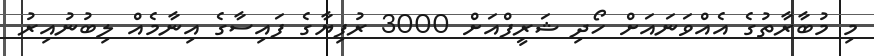
މި މުބާރާތުގެ އެއްވަނައަށް ހޯދި ޝަރީފްއަށް 3000 ރުފިޔާގެ ފައިސާގެ އިނާމެއް ލިބުނުއިރު